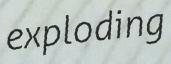
exploding